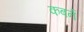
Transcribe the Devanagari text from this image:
कबर्न